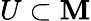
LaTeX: U\subset\mathbf{M}